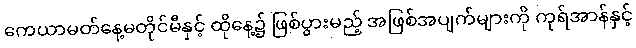
ကေယာမတ်နေ့မတိုင်မီနှင့် ထိုနေ့၌ ဖြစ်ပွားမည့် အဖြစ်အပျက်များကို ကုရ်အာန်နှင့်